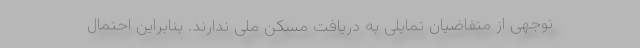
توجهی از متقاضیان تمایلی به دریافت مسکن ملی ندارند. بنابراین احتمال